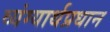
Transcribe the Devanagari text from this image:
व्यंग्यार्थप्रधान